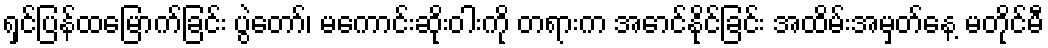
ရှင်ပြန်ထမြောက်ခြင်း ပွဲတော်၊ မကောင်းဆိုးဝါးကို တရားက အောင်နိုင်ခြင်း အထိမ်းအမှတ်နေ့ မတိုင်မီ